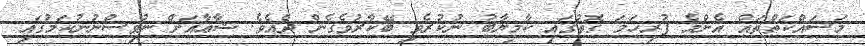
މަސައްކަތްތައް އެންމެ ފުރިހަމަ ގޮތުގައި ކާމިޔާބު ނުކުރެވި ބޭކާރުވެގެން ދެއެވެ. ޝާޢާއަށް ނުވިސްނުނުކަމުގައި